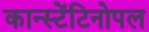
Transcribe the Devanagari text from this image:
कान्स्टेंटिनोपल